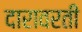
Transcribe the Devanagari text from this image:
दारावरती